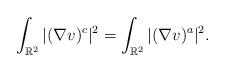
LaTeX: \begin{align*}\int_{\mathbb{R}^2} |(\nabla v)^c|^2 = \int_{\mathbb{R}^2} |(\nabla v)^a|^2.\end{align*}